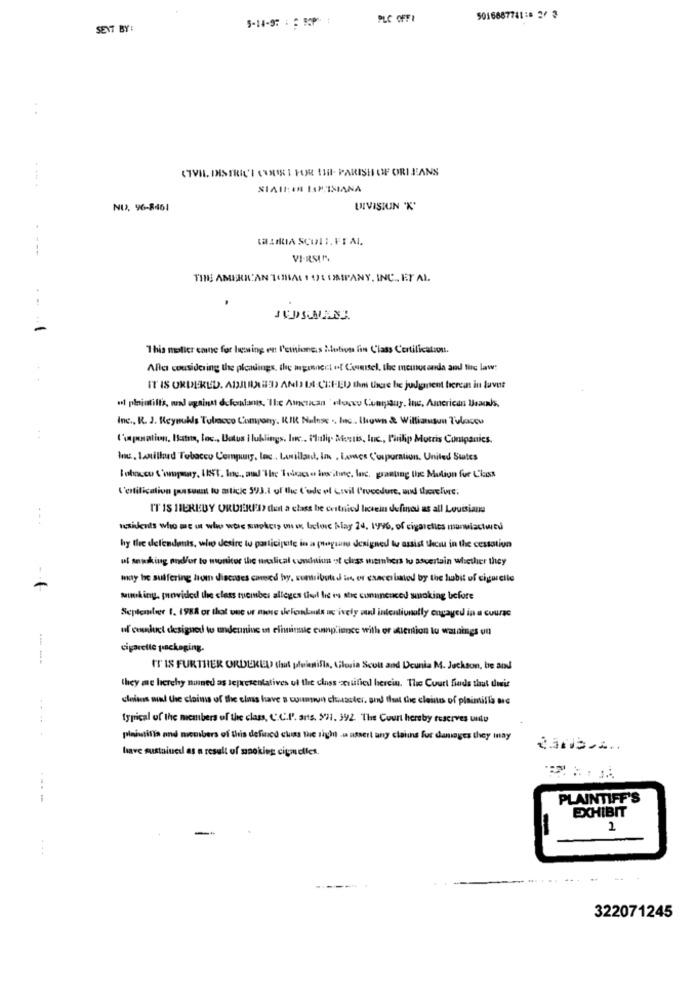
5-14-97 4 ROP 15
PLC OFFI
5016687741:8 2/3
SENT BY:
CIVIL. DISTRIL'I AUSSI FOR 1H. PARISH OF ORLEANS
SIAI: I LAP ISANA
NU, 96-8461
UIVISION 'K'
(aILIA SCULL. FTAI.
VI-RSIR
THE AMERICAN ICHHAL 1 01 DIPANY, INC ., ET AL.
This moller came for heming en l'etnings Itution lin Class Certification.
Alla cousidering the picadings, the magicet of Coursel, the meausenda and tirs law:
IT IS ORDERED. ADILILBS) AND I CHEED thn there be judanem biercan in tuvet
"1 plnintill's, med against defontanis, The Ameucan ' eloccu Company, Ine, American Usa's,
Inc ., R. J. Reynukls Tobacco Company, KIK Nulnse ., lac. Shown & Williamsun Tulaccu
l'inperation, Batna, loc ., Butus i lublings, Inc .. Mulig Mentis, Inc ., Philip Morris Companies.
Mas, Lamilhaud Tobacco Company, Inc. Lavillant, in , Lares C'osporation. United States
Certification pursuant to milicic 593.1 of the l'ude el Civil l'rocedure, and therefire;
IT IS HEREBY ORDERED det a class be certried herein defined as all Louisiana
-.
residents who me ut who were siwekcis www beloic Nay 24, 1996, of cigarclics munuiactutu
hy the defendants, who desire to participate in a pagaare designed to assist thesu in the cessation
ul sewsking and/or to monitor the urlical cundaiun ost chess members to ascertain whether they
may be suffering hom discoses caneed by, sunibuted is er exacerbated by the habit of cigarcile
-
Muuking, provided the class tuember alleges thel lic ra she cununcuced suoking before
September 1. 1988 or that one or more deFonbuts uc ively au intentionally engaged in a course
ul cusluct designed to undermine in einninie cump'iunce with or attention to warnings un
ciparelle packaging.
IT' IS FURTHER ORDERED Uut pleinilla, Gloria Scott and Deunia M. Jackson, be aund
they me herehy numned as lepresentatives of the class -mruified herein. The Court finds that dwie
claims mal the claims of the class have a coumwo chusster, and that the cleines of plaintilla ne
typical of the members of the class, ('.C.P. arts, 291. 392. The Court hereby reserves undu
piniutilia and members of this defined chiss the right .w assert any clains fur damages they may
have sustained as a result of mnoking cigales.
PLAINTIFF'S
EXHIBIT
-.
-
2
...
322071245